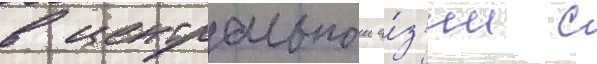
в центральнои а́з'ии с